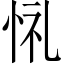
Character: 𢙔